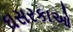
ઘસરકાઓ